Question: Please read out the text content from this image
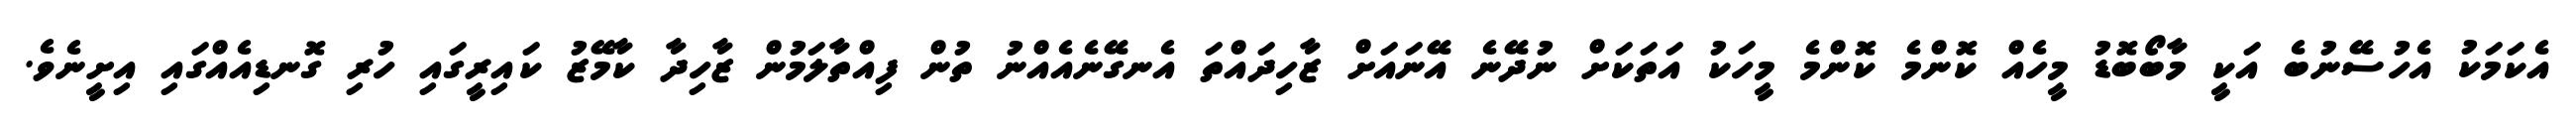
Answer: އެކަމަކު އެހުސޭނުބެ އަކީ މާބޯބޮޑު މީހެއް ކޮންމެ ކޮންމެ މީހަކު އަތަކަށް ނުދޭނެ އޭނައަށް ޒާހިދައްތަ އެނގޭނެއެއްނު ތުން ފިއްތާލަމުން ޒާހިދާ ކާމޭޒު ކައިރީގައި ހުރި ގޮނޑިއެއްގައި އިށީނެވެ.